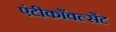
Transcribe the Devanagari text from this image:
एंटीकाँवल्सेंट